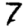
Digit: 7